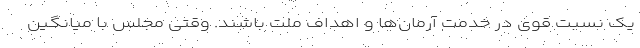
یک نسبت قوی در خدمت آرمان‌ها و اهداف ملت باشند. وقتی مجلس با میانگین